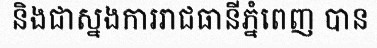
និងជាស្នងការរាជធានីភ្នំពេញ បាន